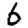
Digit: 6